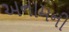
અનામની